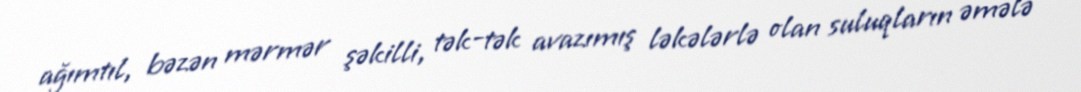
ağımtıl, bəzən mərmər şəkilli, tək-tək avazımış ləkələrlə olan suluqların əmələ